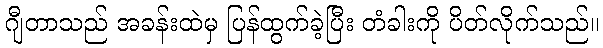
ဂျီတာသည် အခန်းထဲမှ ပြန်ထွက်ခဲ့ပြီး တံခါးကို ပိတ်လိုက်သည်။